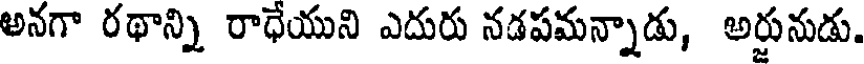
అనగా రథాన్ని రాధేయుని ఎదురు నడపమన్నాడు, అర్జునుడు.